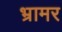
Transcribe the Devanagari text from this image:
भ्रामर